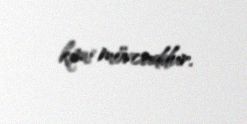
kimi mövcuddur.